Medical and sanitary report of the native army of Madras for the year
Year: 1875
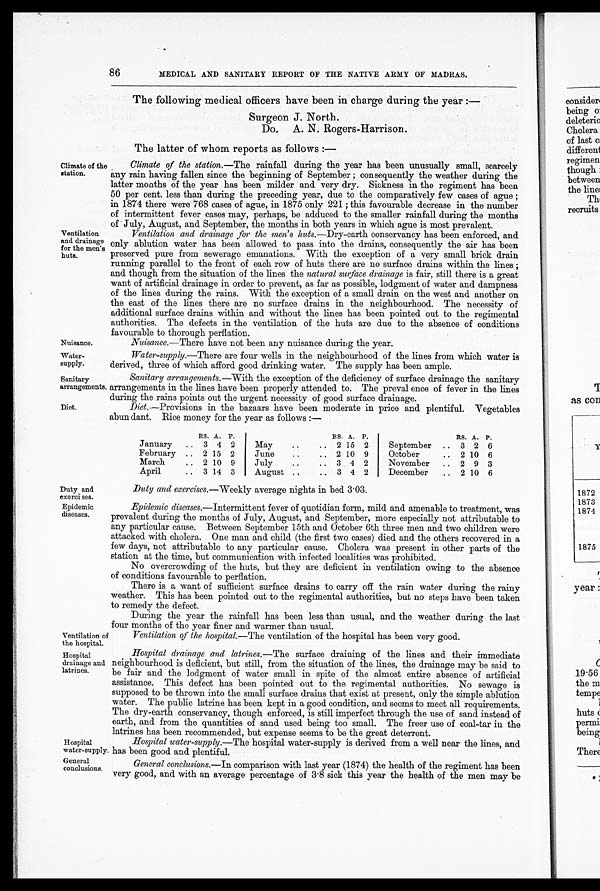
Climate of the
station.
Ventilation
and drainage
for the men's
huts.
Nuisance.
Water-
supply.
Sanitary
arrangements.
Diet.
Duty and
exercises.
Epidemic
diseases.
Ventilation on
the hospital.
Hospital
drainage and
latrines.
Hospital
water-supply
General
conclusions.
86 MEDICAL AND SANITARY REPORT OF THE NATIVE ARMY OF MADRAS.
The following medical officers have been in charge during the year:—
Surgeon J. North.
Do. A. N. Rogers-Harrison.
The latter of whom reports as follows:—
Climate of the station. —The rainfall during the year has been unusually small, scarcely
any rain having fallen since the beginning of September; consequently the weather during the
latter months of the year has been milder and very dry. Sickness in the regiment has been
50 per cent. less than during the preceding year, due to the comparatively few cases of ague;
in 1874 there were 768 cases of ague, in 1875 only 221; this favourable decrease in the number
of intermittent fever cases may, perhaps, be adduced to the smaller rainfall during the months
o f J u l y . Au g u s t , a n d Se p t e mb e r , t h e mo n t h s i n b o t h y e a r s i n wh i c h a g u e i s mo s t p r e v a l e n t .
Ventilation and drainage for the men's huts .—Dry-earth conservancy has been enforced, and
only ablution water has been allowed to pass into the drains, consequently the air has been
preserved pure from sewerage emanations. With the exception of a very small brick drain
running parallel to the front of each row of huts there are no surface drains within the lines;
and though from the situation of the lines the natural surface drainage is fair, still there is a great
want of artificial drainage in order to prevent, as far as possible, lodgment of water and dampness
of the lines during the rains. With the exception of a small drain on the west and another on
the east of the lines there are no surface drains in the neighbourhood. The necessity of
additional surface drains within and without the lines has been pointed out to the regimental
authorities. The defects in the ventilation of the huts are due to the absence of conditions
f a v o u r a b l e
thorough perflation.
Nuisance. —There have not been any nuisance during the year.
Water-supply. —There are four wells in the neighbourhood of the lines from which water is
derived, three of which afford good drinking water. The supply has been ample.
Sanitary arrangements. —With the exception of the deficiency of surface drainage the sanitary
arrangements in the lines have been properly attended to. The preval ence of fever in the lines
during
the rains points out the urgent necessity of good drainage.
Diet.—Provisions in the bazaars have been moderate in price and plentiful. Vegetables
abun dant. Rice money for the year as follows:—
RS. A. P.
RS. A. P.
RS. A. P.
January
3 4 2
May
2 15 2
September
3 2 6
February
2 15 2
June
2 10 9
October
2 10 6
March
2 10 9
July
3 4 2
November
2 9 3
April
3 14 3
August
3 4 2
December
2 10 6
Duty and exercises .—Weekly average nights in bed 3.03.
Epidemic diseases .—Intermittent fever of quotidian form, mild and amenable to treatment, was
prevalent during the months of July, August, and September, more especially not attributable to
any particular cause. Between September 15th and October 6th three men and two children were
attacked with cholera. One man and child (the first two cases) died and the others recovered in a
few days, not attributable to any particular cause. Cholera was present in other parts of the
station at the time, but communication with infected localities was prohibited.
No overcrowding of the huts, but they are deficient in ventilation owing to the absence
of conditions favourable to perflation.
There is a want of sufficient surface drains to carry off the rain water during the rainy
weather. This has been pointed out to the regimental authorities, but no steps have been taken
to remedy the defect.
During the year the rainfall has been less than usual, and the weather during the last
four months of the year finer and warmer than usual.
Ventilation of the hospital. —The ventilation of the hospital has been very good.
Hospital drainage and latrines. —The surface draining of the lines and their immediate
neighbourhood is deficient, but still, from the situation of the lines, the drainage may be said to
be fair and the lodgment of water small in spite of the almost entire absence of artificial
assistance. This defect has been pointed out to the regimental authorities. No sewage is
supposed to be thrown into the small surface drains that exist at present, only the simple ablution
water. The public latrine has been kept in a good condition, and seems to meet all requirements.
The dry-earth conservancy, though enforced, is still imperfect through the use of sand instead of
earth, and from the quantities of sand used being too small. The freer use of coal-tar in the
latrines has been recommended, but expense seems to be the great deterrent.
Hospital water-supply.—The hospital water-supply is derived from a well near the lines, and
has been good and plentiful.
General conclusions. —In comparison with last year (1874) the health of the regiment has been
very good, and with an average percentage of 3.8 sick this year the health of the men may be